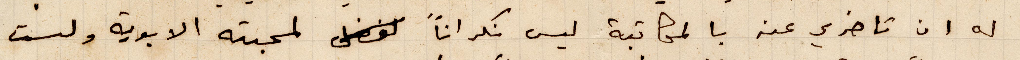
له عن تاخري عنه بالمكاتبة ليس نكرانًا لمحبته الابوية ولست